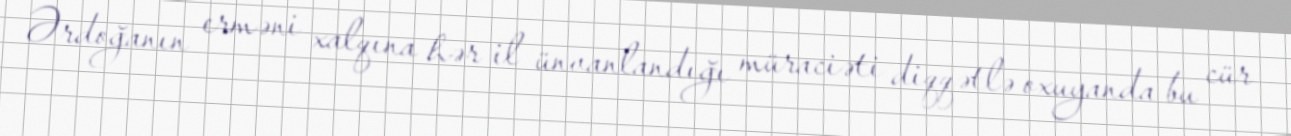
Ərdoğanın erməni xalqına hər il ünvanlandığı müraciəti diqqətlə oxuyanda bu cür